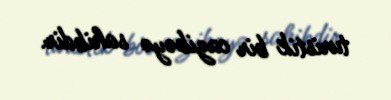
turistik bir cazibəyə sahibdir.